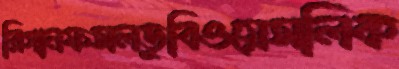
রিগানফসলডুবিওয়েসলিক